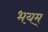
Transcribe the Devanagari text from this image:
भयम्